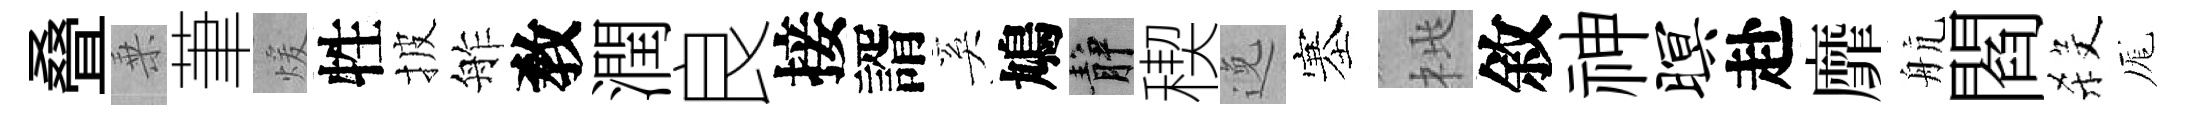
叠乗茟煖牲披舴敎潤良接諝奚鳩静稧𨓜塞桃敘神暝赴靡航閻殺厖